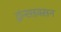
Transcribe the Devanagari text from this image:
ट्रांन्सडक्सन